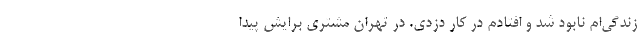
زندگی‌ام نابود شد و افتادم در کار دزدی. در تهران مشتری برایش پیدا